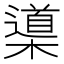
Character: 𣜦